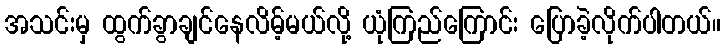
အသင်းမှ ထွက်ခွာချင်နေလိမ့်မယ်လို့ ယုံကြည်ကြောင်း ပြောခဲ့လိုက်ပါတယ်။